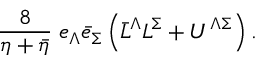
\frac { 8 } { \eta + \bar { \eta } } \; e _ { \Lambda } \bar { e } _ { \Sigma } \left( \bar { L } ^ { \Lambda } L ^ { \Sigma } + U ^ { \Lambda \Sigma } \right) .